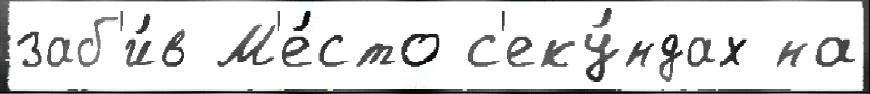
заб'и́в М'е́сто с'еку́ндах на